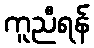
ကူညီရန်